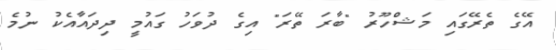
އޭގެ ތެރޭގައި މަޝްހޫރު "ބާރަ ތޭރަ" އިގެ ދުވަހު ގައުމީ ދިދައާއެކު ނުުމެ